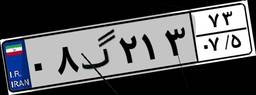
۰۷گ۸۷۲۴۹